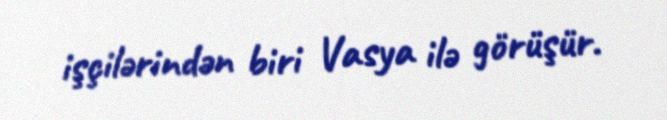
işçilərindən biri Vasya ilə görüşür.